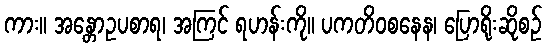
ကား။ အန္တောဥပစာရ၊ အကြင် ရဟန်းကို။ ပကတိဝစနေန၊ ပြောရိုးဆိုစဉ်